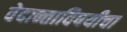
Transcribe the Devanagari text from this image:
वेदान्ताविषयीचा